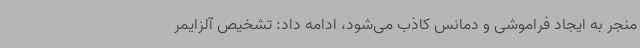
منجر به ایجاد فراموشی و دمانس کاذب می‌شود، ادامه داد: تشخیص آلزایمر